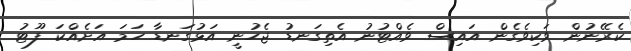
ކެރޭނުން ވަކިވެގެން އައިސް ވެއްޓުނު އެތިގަނޑު ޖެހުނީ އަޅުގަނޑާ ހަމަ އަށެއްކަ ފޫޓު